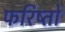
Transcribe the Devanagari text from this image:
फरिष्तो